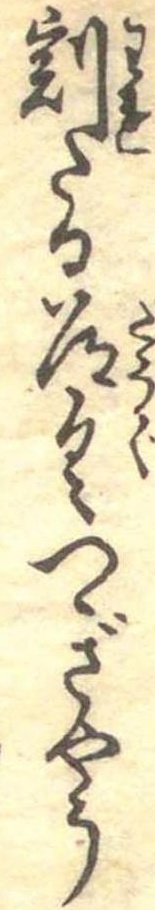
割たる道具つぎやう